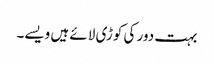
بہت دور کی کوڑی لائے ہیں ویسے۔